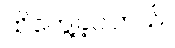
ထိတွေ့ခဲ့ပါတယ်။